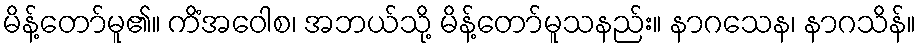
မိန့်တော်မူ၏။ ကိံအဝေါစ၊ အဘယ်သို့ မိန့်တော်မူသနည်း။ နာဂသေန၊ နာဂသိန်။